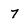
Character: 7